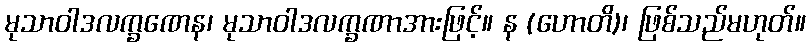
မုသာဝါဒလက္ခဏေန၊ မုသာဝါဒလက္ခဏာအားဖြင့်။ န (ဟောတိ)၊ ဖြစ်သည်မဟုတ်။